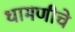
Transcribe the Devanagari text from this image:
धामणीचे